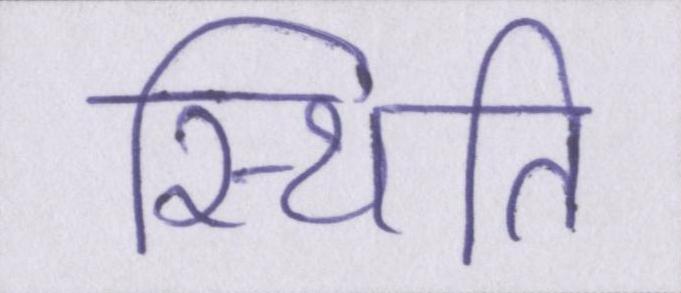
स्थिति